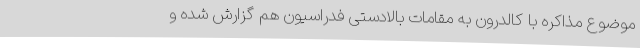
موضوع مذاکره با کالدرون به مقامات بالادستی فدراسیون هم گزارش شده و